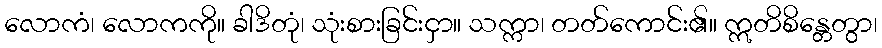
လောကံ၊ လောကကို။ ခါဒိတုံ၊ သုံးစားခြင်းငှာ။ သက္ကာ၊ တတ်ကောင်း၏။ ဣတိစိန္တေတွာ၊